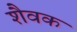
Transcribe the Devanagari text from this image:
शैवक